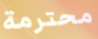
محترمة